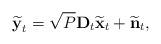
LaTeX: \begin{align*}\widetilde{\boldsymbol{\mathrm{y}}}_{t} =\sqrt{P}\boldsymbol{\mathrm{D}}_{t}\widetilde{\boldsymbol{\mathrm{x}}}_{t}+\widetilde{\boldsymbol{\mathrm{n}}}_{t},\end{align*}